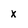
Character: x